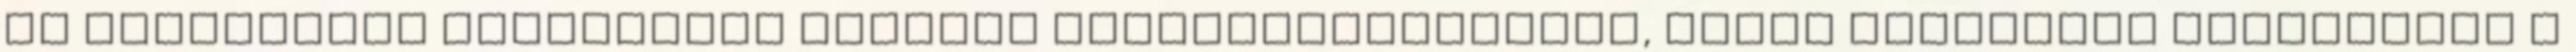
az elhagyatás jelzéseire felnőtt párkapcsolatukban, ezért különösen érintettek a